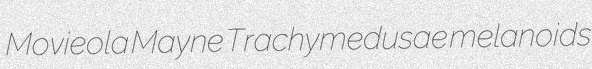
Movieola Mayne Trachymedusae melanoids